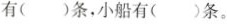
有（）条，小船有（）条。